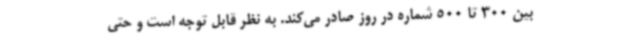
بین 300 تا 500 شماره در روز صادر می‌کند. به نظر قابل توجه است و حتی